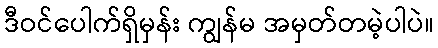
ဒီဝင်ပေါက်ရှိမှန်း ကျွန်မ အမှတ်တမဲ့ပါပဲ။